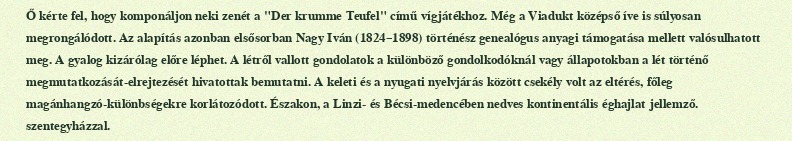
Ő kérte fel, hogy komponáljon neki zenét a "Der krumme Teufel" című vígjátékhoz. Még a Viadukt középső íve is súlyosan megrongálódott. Az alapítás azonban elsősorban Nagy Iván (1824–1898) történész genealógus anyagi támogatása mellett valósulhatott meg. A gyalog kizárólag előre léphet. A létről vallott gondolatok a különböző gondolkodóknál vagy állapotokban a lét történő megmutatkozását-elrejtezését hivatottak bemutatni. A keleti és a nyugati nyelvjárás között csekély volt az eltérés, főleg magánhangzó-különbségekre korlátozódott. Északon, a Linzi- és Bécsi-medencében nedves kontinentális éghajlat jellemző. szentegyházzal.